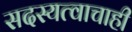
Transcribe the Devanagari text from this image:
सदस्यत्वाचाही